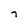
Character: 7